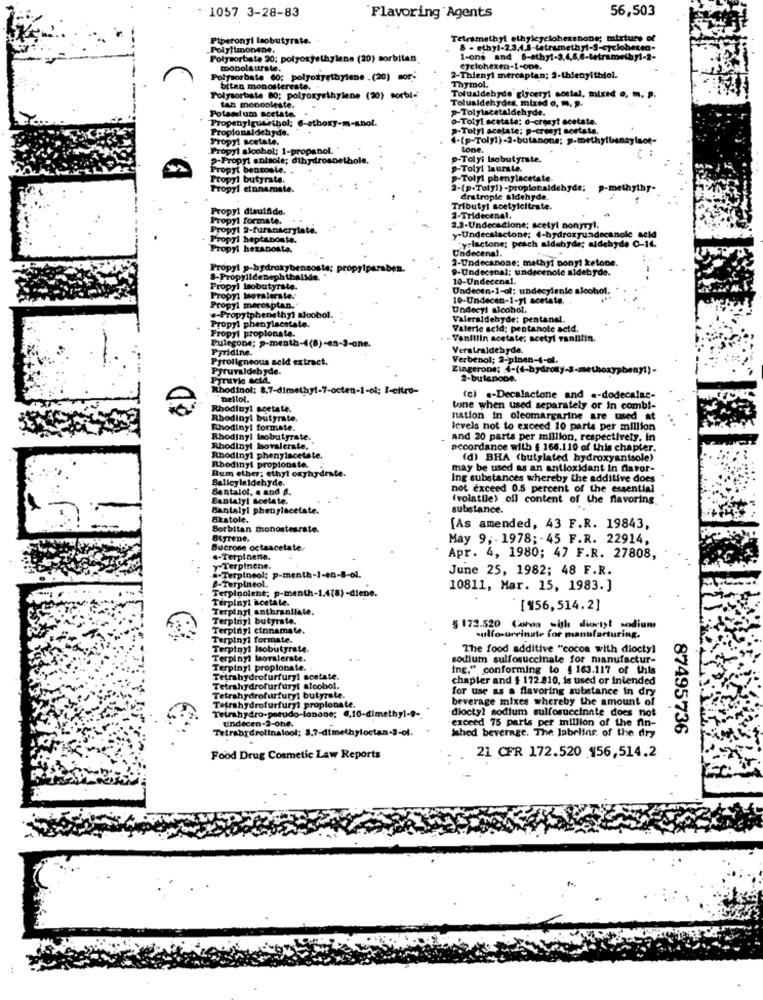
1057 3-28-83
56,503
Flavoring Agents
Piperonyi leobutyrate.
Tetramethyl ethylcycloberenone; mixture of
Polylimonene.
Polysorbate 20: polyoxyethylene (20) sorbitan
toobolautrste.
Cyclohexen-1-one.
Polysorbate 60; polyożyethylene .(20) mor;
2-Thienyi mercaptan; 2-thienyithiol.
bitan monostereste.
Thymol.
Polysorbate 80: polyoxyethylene (20) sorbi-
Tolualdehyde glyceryl costal, mixed o. m. p.
Tolualdehydes, mixed o, m. P.
Potamium acetate.
tan moncoleste.
P-Tolylacetaldehyde.
Propenylguesthol; @-athory-m-abol.
0-Tolyl acetate: o-cronyl acetate.
Propionaldehyde.
p-Totyl acetate: p-crenyl acetate.
Propyl acetate.
(-(p-Toly1)-2-butanone; p-methylbansyisof-
Propyl alcohol: 1-propanol.
tone.
p-Propyl anisole; dihydrospethole.
p-Tolyi lsobutyrate.
Propyt bencoste.
p-Tolyl laurate.
Propyl butyrate.
p-Tolyl phenylacetate
Propyl cinnamate.
2-(p-Toly1) -propionaldehyde;
P-methyiny-
dratropie aldehyde.
Propyl disulfide.
Tributyl soetylcitrate.
Propyl formate.
2-Tridecenal.
Propyl 2-furanacrylate.
2.3-Undecadione; acetyl ponyryl.
Propyl heptanoate.
y-Undecslactone; 4-hydroxyundecanole seld
seld
Propyl hezanosta.
y-lactone; prach aldehyde; aldehyde 0-14.
Undecenal.
2-Undecanone; methyl pony! ketone.
Propyl p-hydroxybensosta; propylparaben.
9-Undecanal: undecenole aldehyde.
8-Propylidenephthalide.
10-Undecenal.
Propyl Isobutyrate.
Undeden-1-al; undecylenle alcohol.
Propyl Isovalerste.
10-Undecen-1-yl acetate.
Propyl mercaptan."
.- Propytphenethyl alcohol.
Undecyl alcohol.
Propyl phenylecstate.
Valeraldehyde: pentanal.
Fropyl propionate.
Valerie scid: pentanole acid.
Pulegone; p-menth-4(8)-en-3-one.
Vanillin acetate; acetyl rantitin.
Pyridine.
Veralraidebyde.
Pyroligneous sold extract.
Verbenol: 2-pinen-4-el.
Pyruvaldehyde.
Zingerone; 4-(4-hydroxy
1}-
Pyruvia scia.
2-butenone.
Rhodinol: 8.7-dimethyl-7-octen-1-ol; I-citro-
-ol: I-citro-
Dellol.
(c) .- Decalactone and «-dodecalac-
Rhodinyl acetate.
tone when used separately or In comb !-
Rbodinyi butyrate.
nation in oleomargarine are used at
Rhodinyl formate.
levels not to exceed 10 parts per million
Rhodiny! Isobutyrate.
and 20 parts per million, respectively, in
Rhodinyl bovalerste.
accordance with { 166.110 of this chapter.
Rhodinyl phenyincetale.
(d) BHA (butylated hydroxyantsole)
Rum ether; ethyl oxyhydrate.
Rhodinyl propionate.
may be used as an antioxidant in daror-
Salleylaldehyde.
Ing substances whereby the additive does
Sentalol, s and a.
not exceed 0.5 percent of the essential
Banlatyl sostete.
(volatile) oil content of the flavoring
Bantalyl phenylacetate.
substance.
Skatole.
Sorbitan monostearate.
[As amended, 43 F.R. 19843,
Btyrene.
May 9; . 1978; - 45 F.R. 22914,
Bucrone octaacetate.
.- Terpinene.
Apr. 4, 1980; 47 F.R. 27808,
y-Terpinene.
.- Terpineol: p-menth-1-en-8-ol.
June 25, 1982; 48 F.R.
B-Terpineol.
Terplnolene; p-menth-1.478)-diene.
10811, Mar. 15, 1983. ]
Terpinyl acetate.
Terpinyl anthranilate.
[956,514.2]
Terpinyl butyrate.
Terpinyl cinnamate.
5 172.520 Coran wish diarist sodium
Terpinyl formate.
sulfo-urvinate for manufacturing.
Terpiny! Isobutyrate.
The food additive "cocon with dioctyl
Terpinyl Moralerste.
sodium sulfosuccinate for manufactur-
Terpiny! propionate.
Ing." conforming to { 163.117 of this
Tetrahydrofurfuryl acetate.
chapter and $ 172.810, is used or intended
Tetrahydrofurfuryl sloobol.
for use as a flavoring substance in dry
Tetrahydrofurfuryl butyrate.
Tetrahydrofurfuryl propionate.
beverage mixes whereby the amount of
Tetrahydro-pneudo-lonone; 6,10-dimethyl-9-
dioctyl sodium sulfosuccinate does not
undecen-2-0he.
exceed 75 parts per million of the fin-
Tetrabrdrolinalool; 3,7-dimethyloctan-3-ol.
thed beverage. The labelins. of the dry
87495736
Food Drug Cosmetic Law Reports
21 CFR 172.520 456,514.2